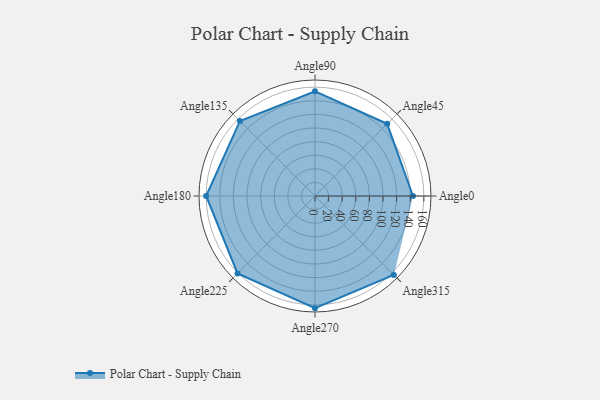
{"axis": {"x": "Angle", "y": "Radius"}, "legend": [""], "data": [{"x": "Angle0", "y": 144.0, "type": ""}, {"x": "Angle45", "y": 150.0, "type": ""}, {"x": "Angle90", "y": 154.0, "type": ""}, {"x": "Angle135", "y": 156.0, "type": ""}, {"x": "Angle180", "y": 160.0, "type": ""}, {"x": "Angle225", "y": 161.0, "type": ""}, {"x": "Angle270", "y": 165.0, "type": ""}, {"x": "Angle315", "y": 164.0, "type": ""}]}